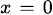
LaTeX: \scriptstyle x\; =\; 0